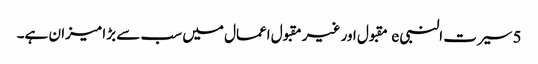
5 سیرت النبی e مقبول اور غیر مقبول اعمال میں سب سے بڑا میزان ہے۔